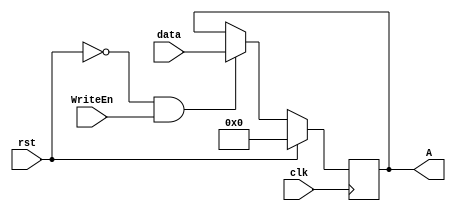
module Register_with_WriteEn #(parameter W=16) (data,clk,rst,WriteEn,A);
input clk,rst,WriteEn;
input [W-1:0] data;
output reg [W-1:0] A;

always @ (posedge clk) 
begin 
if (rst) 
A <= 0; 
else if (~rst && WriteEn)  
A <= data;
else if (~rst && ~WriteEn)
A <= A; 
end 
endmodule